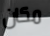
مكان